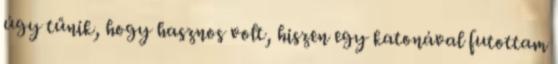
úgy tűnik, hogy hasznos volt, hiszen egy katonával futottam